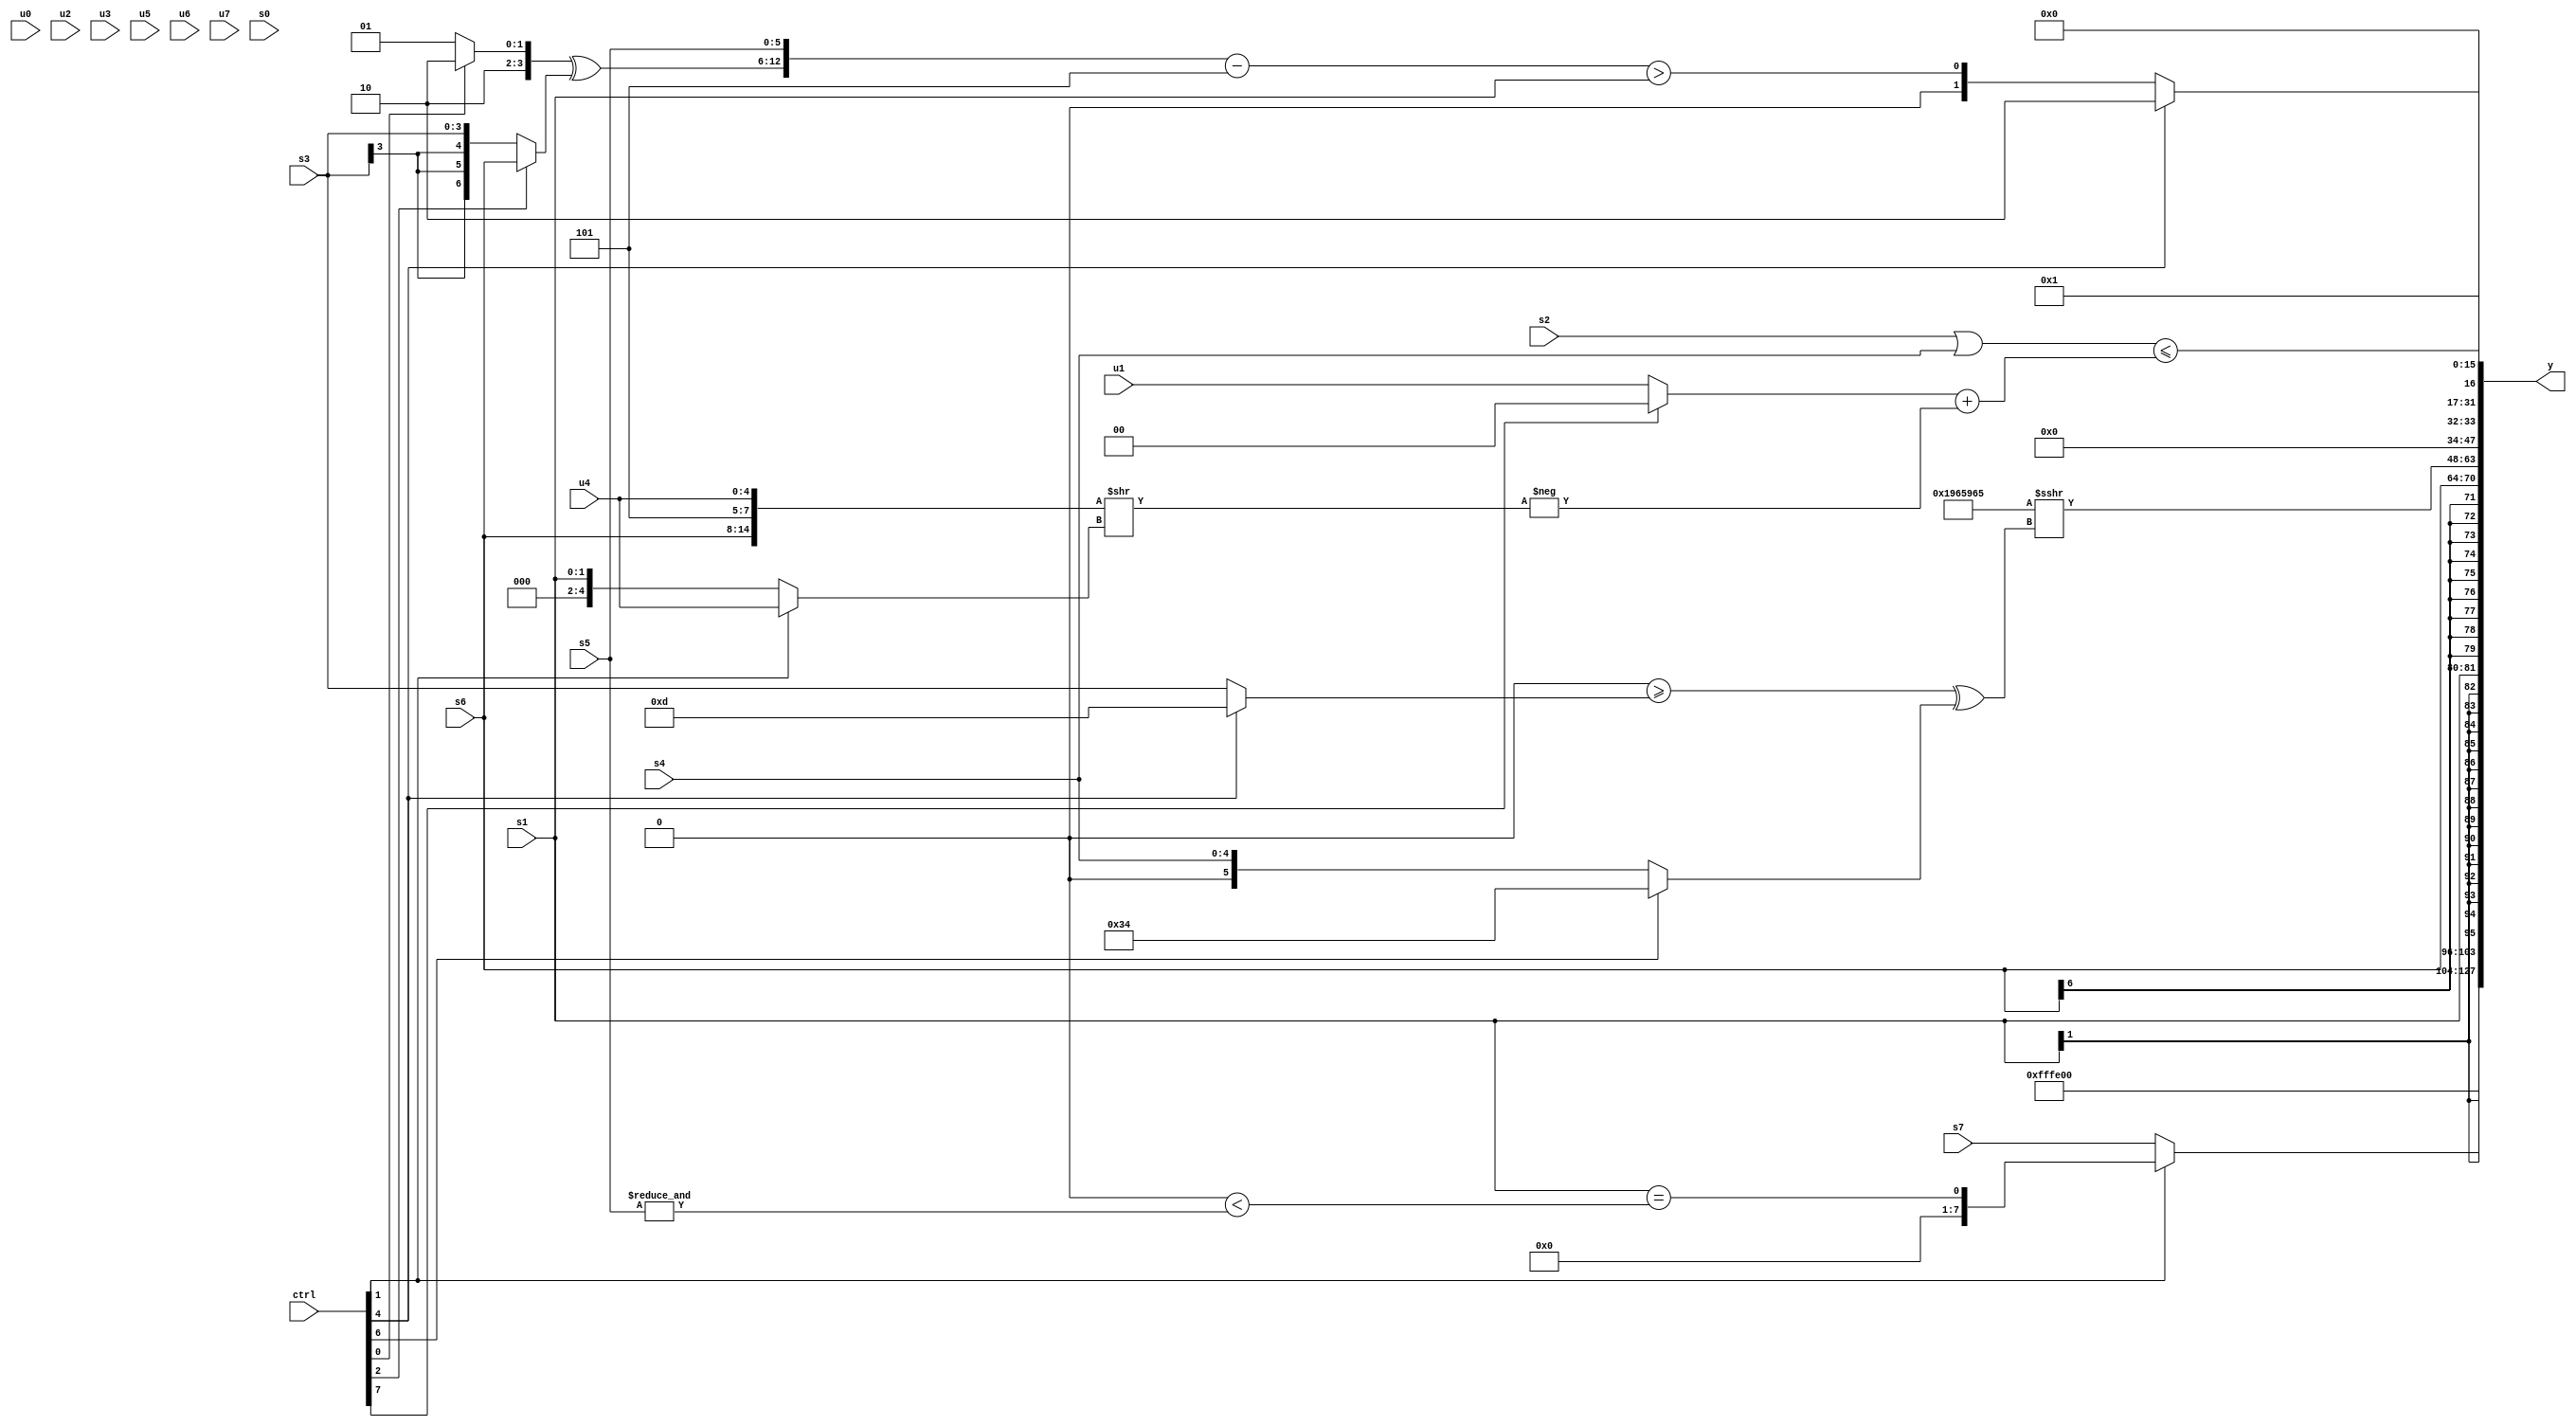
module wideexpr_00717(ctrl, u0, u1, u2, u3, u4, u5, u6, u7, s0, s1, s2, s3, s4, s5, s6, s7, y);
  input [7:0] ctrl;
  input [0:0] u0;
  input [1:0] u1;
  input [2:0] u2;
  input [3:0] u3;
  input [4:0] u4;
  input [5:0] u5;
  input [6:0] u6;
  input [7:0] u7;
  input signed [0:0] s0;
  input signed [1:0] s1;
  input signed [2:0] s2;
  input signed [3:0] s3;
  input signed [4:0] s4;
  input signed [5:0] s5;
  input signed [6:0] s6;
  input signed [7:0] s7;
  output [127:0] y;
  wire [15:0] y0;
  wire [15:0] y1;
  wire [15:0] y2;
  wire [15:0] y3;
  wire [15:0] y4;
  wire [15:0] y5;
  wire [15:0] y6;
  wire [15:0] y7;
  assign y = {y0,y1,y2,y3,y4,y5,y6,y7};
  assign y0 = (ctrl[4]?2'sb10:3'sb110);
  assign y1 = (ctrl[1]?({s1})==(|(($signed(!($signed(6'sb011000))))<(&(s5)))):$signed(s7));
  assign y2 = s1;
  assign y3 = s6;
  assign y4 = {1'sb0,4'sb0001,($signed((ctrl[1]?((ctrl[6]?+({2{u2}}):(2'sb11)|(((6'sb001111)>>(6'sb101110))&(+(u2)))))>>>((((s1)>>>($signed(1'sb1)))>>>($signed((2'sb10)>>(u7))))<=((ctrl[2]?2'sb01:s7))):$signed(+((($unsigned(4'sb1101))==((ctrl[7]?s1:s0)))>>>(($unsigned(5'sb00000))>>>((5'sb00101)^(4'sb0010))))))))>>>({4{$signed(-(s3))}}),($signed({{4{6'sb011001}},$signed(-({2{((3'sb010)+(5'sb10110))<=(+(4'sb0001))}}))}))>>>((+(($signed($signed(((s4)^(s0))<<<(6'sb011111))))>=((ctrl[4]?+(4'b1101):(ctrl[4]?((ctrl[6]?s4:s3))>>(1'sb1):s3)))))^((ctrl[6]?6'sb110100:s4)))};
  assign y5 = (ctrl[4]?$signed(3'sb010):{1{($signed(({$signed(((ctrl[0]?4'sb1010:4'sb1001))^((ctrl[2]?s6:s3))),s5})-(5'sb00101)))>(s1)}});
  assign y6 = ((s2)|(s4))<=(+((((ctrl[7]?$signed(5'sb00000):$signed(u1)))>>>(^({3'sb110})))+(-(({s6,3'sb101,u4})>>((ctrl[1]?u4:s1))))));
  assign y7 = 2'sb01;
endmodule